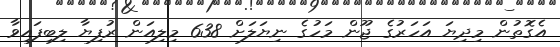
އެގޮތުން މިދިޔަ އަހަރުގެ ޖޫން މަހުގެ ނިޔަލަށް 638 މިލިއަން ރުފިޔާ ލިބިފައިވާ